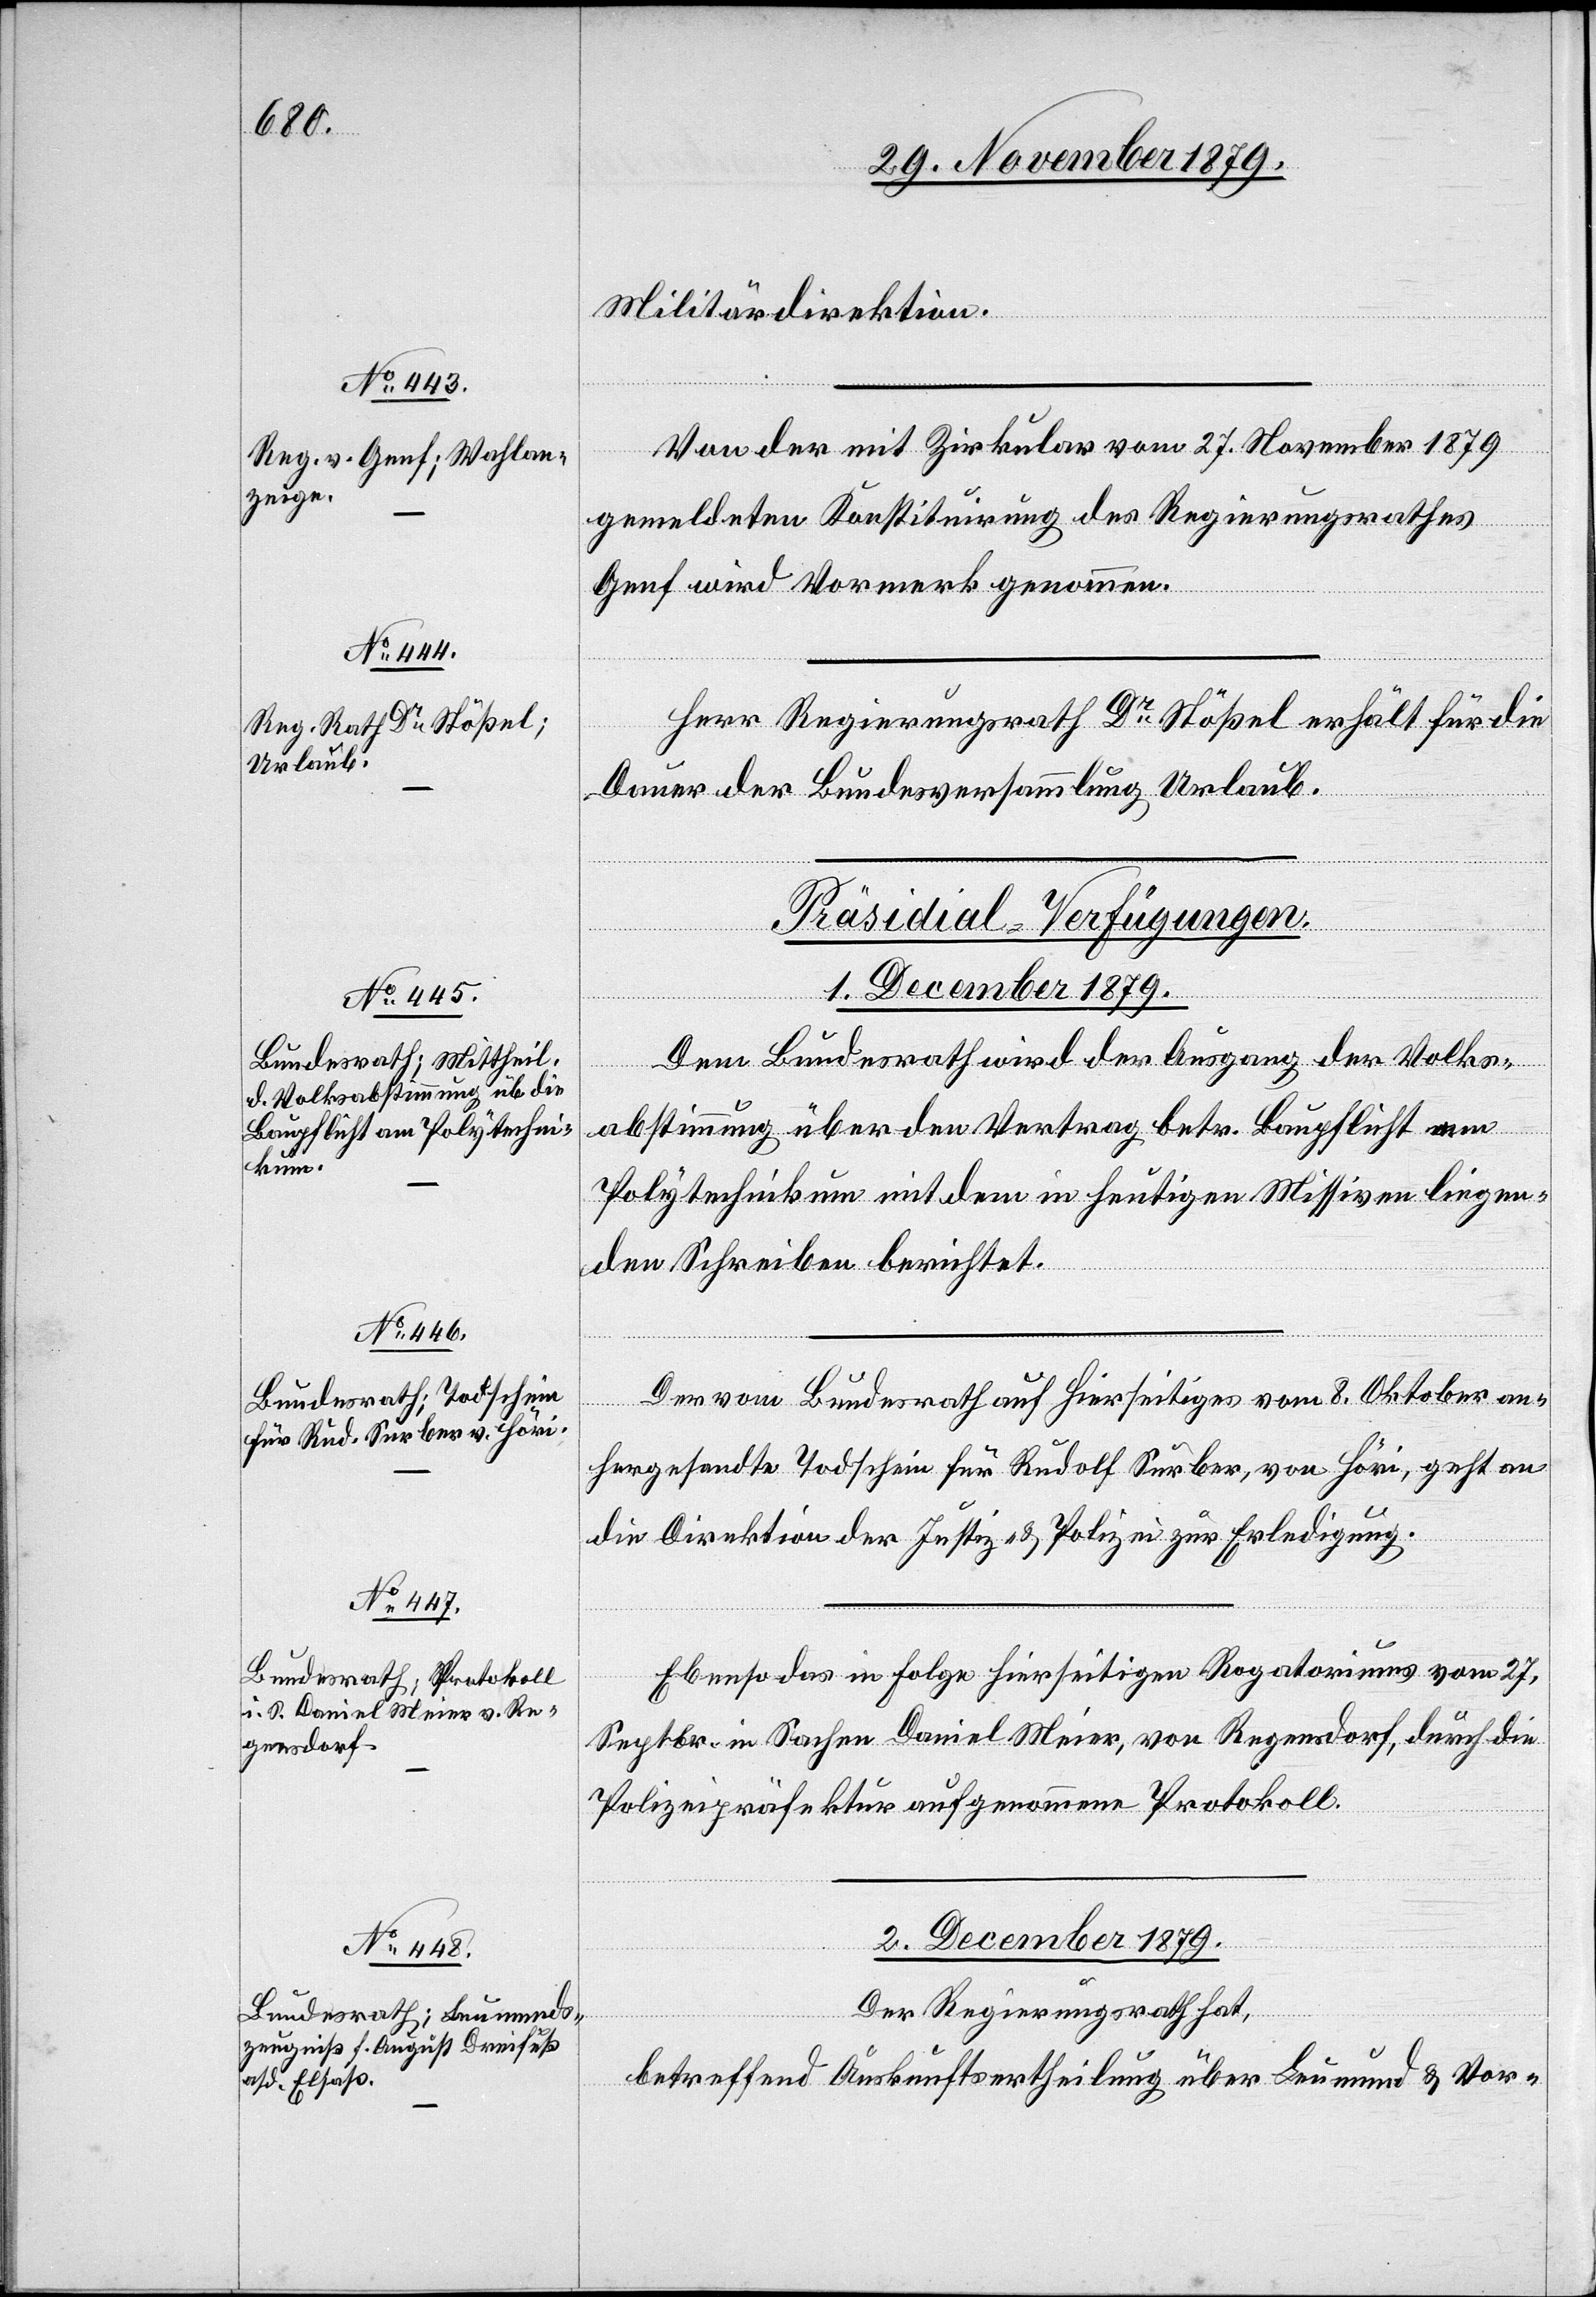
Militärdirektion.
Von der mit Zirkular vom 27. November 1879
gemeldeten Konstituirung des Regierungsrathes
Genf wird Vormerk genommen.
von
Herr Regierungsrath Dr Stößel erhält für die
Dauer der Bundesversammlung Urlaub.
[Präsidial-Verfügungen.]
1. December 1879.
Dem Bundesrath wird der Ausgang der Volks¬
tset¬
abstimmung über den Vertrag betr. Baupflicht am
Polytechnikum mit dem in heutigen Missiven liegen¬
den Schreiben berichtet.
Der vom Bundesrath auf hierseitiges vom 8. Oktober an¬
hergesandte Todschein für Rudolf Surber, von Höri, geht an
die Direktion der Justiz- & Polizei zur Erledigung.
Ebenso das in Folge hierseitigen Rogatoriums vom 27.
Septbr. in Sachen Daniel Meier, von Regensdorf, durch die
Polizeipräfektur aufgenommene Protokoll.
2. December 1879.
Der Regierungsrath hat,
betreffend Auskunftsertheilung über Leumund & Vor-